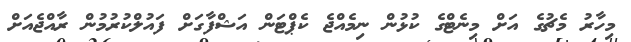
މިހާރު މެޗުގެ އަށް މިނެޓްގެ ކުޅުން ނިމެއްޖެ ކެޕްޓަން އަޝްފާގަށް ފައުލްކުރުމުން ރާއްޖެއަށް